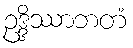
ဥဒ္ဒိဿာဘတံ